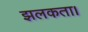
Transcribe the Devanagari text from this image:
झलकता।